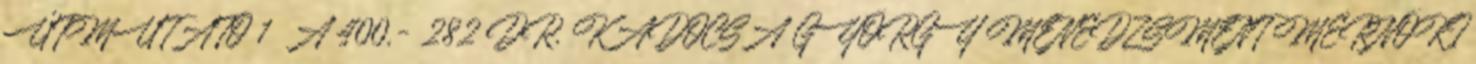
ÚTMUTATÓ 1 A 400,- 282 DR. KADOCSA GYÖRGY MENEDZSMENT MÉRNÖKI